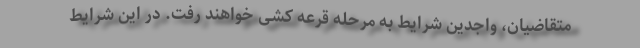
متقاضیان، واجدین شرایط به مرحله قرعه کشی خواهند رفت. در این شرایط